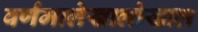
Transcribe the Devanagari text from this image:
वर्णमालेखालोखाल